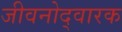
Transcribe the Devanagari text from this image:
जीवनोद्वारक